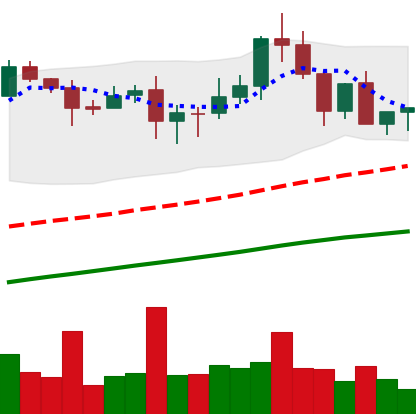
Ticker: XLM-USD
Chart end date: 2020-08-23
Forward return: -7.017%
Label: down_7plus